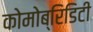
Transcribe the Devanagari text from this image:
कोमोब्रिडिटी